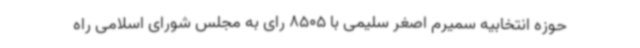
حوزه انتخابیه سمیرم اصغر سلیمی با 8505 رای به مجلس شورای اسلامی راه